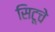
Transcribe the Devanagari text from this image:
सिटूचे